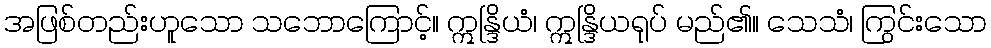
အဖြစ်တည်းဟူသော သဘောကြောင့်။ ဣန္ဒြိယံ၊ ဣန္ဒြိယရုပ် မည်၏။ သေသံ၊ ကြွင်းသော